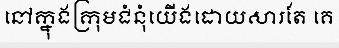
នៅក្នុងក្រុមជំនុំយើងដោយសារតែ គេ